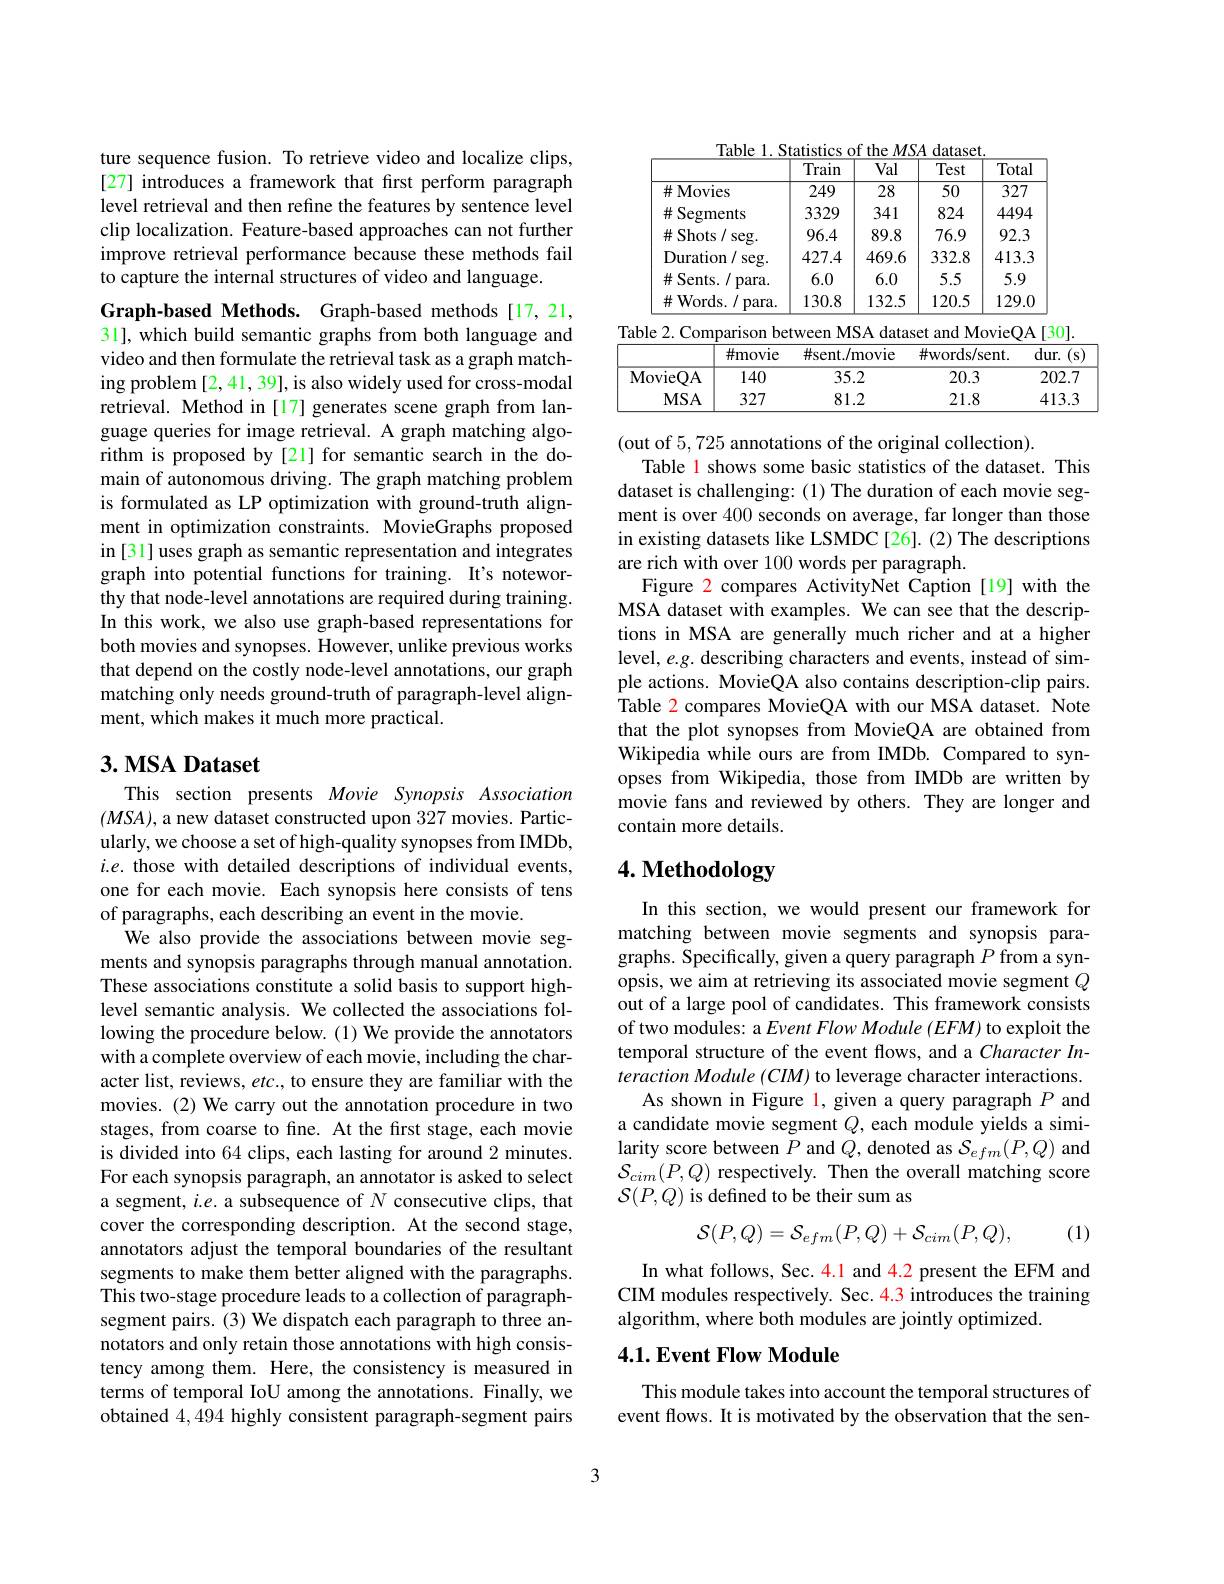
ture sequence fusion. To retrieve video and localize clips, [27] introduces a framework that first perform paragraph level retrieval and then refine the features by sentence level clip localization. Feature-based approaches can not further improve retrieval performance because these methods fail to capture the internal structures of video and language.

Graph-based Methods. Graph-based methods[17,21, 31], which build semantic graphs from both language and video and then formulate the retrieval task as a graph matching problem [2,41,39], is also widely used for cross-modal retrieval. Method in [17] generates scene graph from language queries for image retrieval. A graph matching algorithm is proposed by [21] for semantic search in the domain of autonomous driving. The graph matching problem is formulated as LP optimization with ground-truth alignment in optimization constraints. MovieGraphs proposed in [31] uses graph as semantic representation and integrates graph into potential functions for training. It's noteworthy that node-level annotations are required during training. In this work, we also use graph-based representations for both movies and synopses. However, unlike previous works that depend on the costly node-level annotations, our graph matching only needs ground-truth of paragraph-level alignment, which makes it much more practical.

## $3. \textbf{ MSA Dataset}$

This section presents Movie Synopsis Association $(MSA)$, a new dataset constructed upon 327 movies. Particularly, we choose a set of high-quality synopses from IMDb, $i.e.$ those with detailed descriptions of individual events, one for each movie. Each synopsis here consists of tens of paragraphs, each describing an event in the movie.
We also provide the associations between movie segments and synopsis paragraphs through manual annotation. These associations constitute a solid basis to support highlevel semantic analysis. We collected the associations following the procedure below. (1) We provide the annotators with a complete overview of each movie, including the character list, reviews, $etc.$, to ensure they are familiar with the movies. (2) We carry out the annotation procedure in two stages, from coarse to fine. At the first stage, each movie is divided into 64 clips, each lasting for around 2 minutes. For each synopsis paragraph, an annotator is asked to select a segment, $i.e.$ a subsequence of $N$ consecutive clips, that cover the corresponding description. At the second stage, annotators adjust the temporal boundaries of the resultant segments to make them better aligned with the paragraphs. This two-stage procedure leads to a collection of paragraphsegment pairs. (3) We dispatch each paragraph to three annotators and only retain those annotations with high consistency among them. Here, the consistency is measured in terms of temporal IoU among the annotations. Finally, we obtained 4,494 highly consistent paragraph-segment pairs

<table>
	<tbody>
		<tr>
			<th> </th>
			<th> </th>
			<th>Train</th>
			<th>$ul$</th>
			<th>Totz t</th>
			<th>al</th>
		</tr>
		<tr>
			<td>$\#$Mov</td>
			<td>ies</td>
			<td>249</td>
			<td>3</td>
			<td>327.</td>
			<td>7</td>
		</tr>
		<tr>
			<td>$\#$Segn</td>
			<td>nents</td>
			<td>3329</td>
			<td>.1</td>
			<td>449</td>
			<td>4</td>
		</tr>
		<tr>
			<td>$\#$Shot</td>
			<td>s/ seg. </td>
			<td>96.4</td>
			<td>.8</td>
			<td>92. 9</td>
			<td>3</td>
		</tr>
		<tr>
			<td>Duratio</td>
			<td>1/ seg. $0n$</td>
			<td>427.4</td>
			<td>).6</td>
			<td>8 413</td>
			<td>.3</td>
		</tr>
		<tr>
			<td>$\#$Sents</td>
			<td>$I$ $para.$</td>
			<td>6.0</td>
			<td>0</td>
			<td>5.9</td>
			<td> </td>
		</tr>
		<tr>
			<td>$\#$Worc</td>
			<td>ds. / para. </td>
			<td>130.8</td>
			<td>2..5</td>
			<td>5 129</td>
			<td>.0</td>
		</tr>
		<tr>
			<td>${\mathrm{Table~2.Com}}$</td>
			<td>$\operatorname{rarison}$ be</td>
			<td>$M:$ tween</td>
			<td>ataset</td>
			<td>MovieQ</td>
			<td>$A[30].$</td>
		</tr>
		<tr>
			<td> </td>
			<td>#movie</td>
			<td>$\#$sent./n</td>
			<td>$\#v$ e</td>
			<td colspan="2">$\#$words/sent. dur. ( s) </td>
		</tr>
		<tr>
			<td>MovieQA</td>
			<td>140</td>
			<td>35</td>
			<td> </td>
			<td>0.3</td>
			<td>202.7</td>
		</tr>
		<tr>
			<td>$MSA$</td>
			<td>327</td>
			<td>81</td>
			<td> </td>
			<td>1.8</td>
			<td>413.3</td>
		</tr>
	</tbody>
</table>

(out of 5,725 annotations of the original collection).
Table 1 shows some basic statistics of the dataset. This dataset is challenging:(1) The duration of each movie segment is over 400 seconds on average, far longer than those in existing datasets like LSMDC [26].(2) The descriptions are rich with over 100 words per paragraph.
Figure 2 compares ActivityNet Caption [19] with the MSA dataset with examples. We can see that the descriptions in MSA are generally much richer and at a higher level, $e.g.$ describing characters and events, instead of simple actions. MovieQA also contains description-clip pairs. Table 2 compares MovieQA with our MSA dataset. Note that the plot synopses from MovieQA are obtained from Wikipedia while ours are from IMDb. Compared to synopses from Wikipedia, those from IMDb are written by movie fans and reviewed by others. They are longer and contain more details.

# 4. Methodology

In this section, we would present our framework for matching between movie segments and synopsis paragraphs. Specifically, given a query paragraph $P$ from a synopsis, we aim at retrieving its associated movie segment $Q$ out of a large pool of candidates. This framework consists of two modules: a Event Flow Module (EFM) to exploit the temporal structure of the event flows, and a Character Interaction Module (CIM) to leverage character interactions.
As shown in Figure 1, given a query paragraph $P$ and a candidate movie segment $Q$, each module yields a similarity score between $P$ and $Q$, denoted as $S_efm(P,Q)$ and $\mathcal{S}_{cim}(P,Q)$ respectively. Then the overall matching score ${\mathcal S}(P,Q)$ is defined to be their sum as
$$\mathcal{S}(P,Q)=\mathcal{S}_{efm}(P,Q)+\mathcal{S}_{cim}(P,Q),$$
(1)

In what follows, Sec. 4.1 and 4.2 present the EFM and CIM modules respectively. Sec. 4.3 introduces the training algorithm, where both modules are jointly optimized.

## $4. 1. \textbf{Event Flow Module}$

This module takes into account the temporal structures of event flows. It is motivated by the observation that the sen-

3